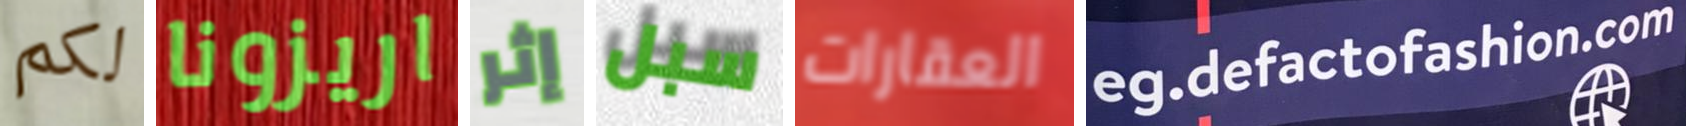
لكم اريزونا إثر سبل العقارات eg.defactofashion.com